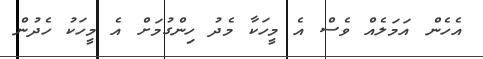
އެހެން އަމަލެއް ވެސް އެ މީހަކާ މެދު ހިންގުމަށް އެ މީހަކު ހެދުން